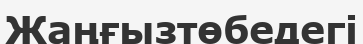
Жаңғызтөбедегі